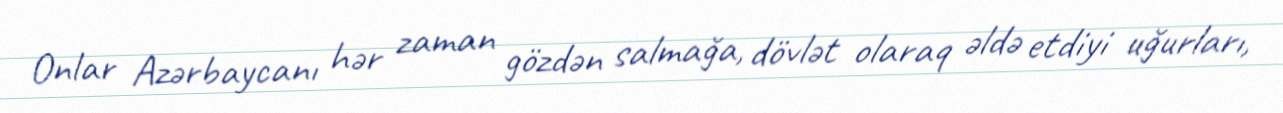
Onlar Azərbaycanı hər zaman gözdən salmağa, dövlət olaraq əldə etdiyi uğurları,